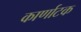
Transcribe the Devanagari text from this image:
कार्णाटक